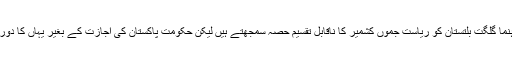
اب اگرچہ کشمیری رہنما گلگت بلتستان کو ریاست جموں کشمیر کا ناقابل تقسیم حصہ سمجھتے ہیں لیکن حکومت پاکستان کی اجازت کے بغیر یہاں کا دورہ بھی نہیں کر سکتے۔